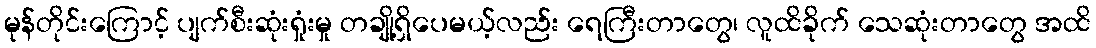
မုန်တိုင်းကြောင့် ပျက်စီးဆုံးရှုံးမှု တချို့ရှိပေမယ့်လည်း ရေကြီးတာတွေ၊ လူထိခိုက် သေဆုံးတာတွေ အထိ